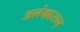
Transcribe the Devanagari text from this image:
अलंकारान्